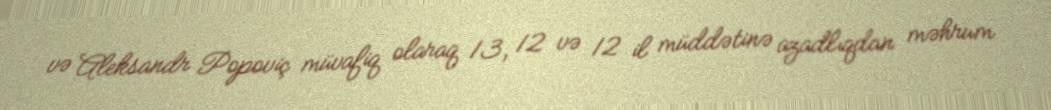
və Aleksandr Popoviç müvafiq olaraq 13, 12 və 12 il müddətinə azadlıqdan məhrum